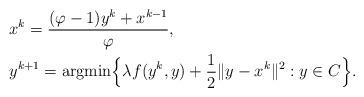
LaTeX: \begin{align*}&x^k=\dfrac{(\varphi-1)y^k+x^{k-1}}{\varphi},\\&y^{k+1}={\rm argmin}\Big\{\lambda f(y^k,y)+\dfrac{1}{2}\|y-x^k\|^2: y\in C\Big\}.\end{align*}